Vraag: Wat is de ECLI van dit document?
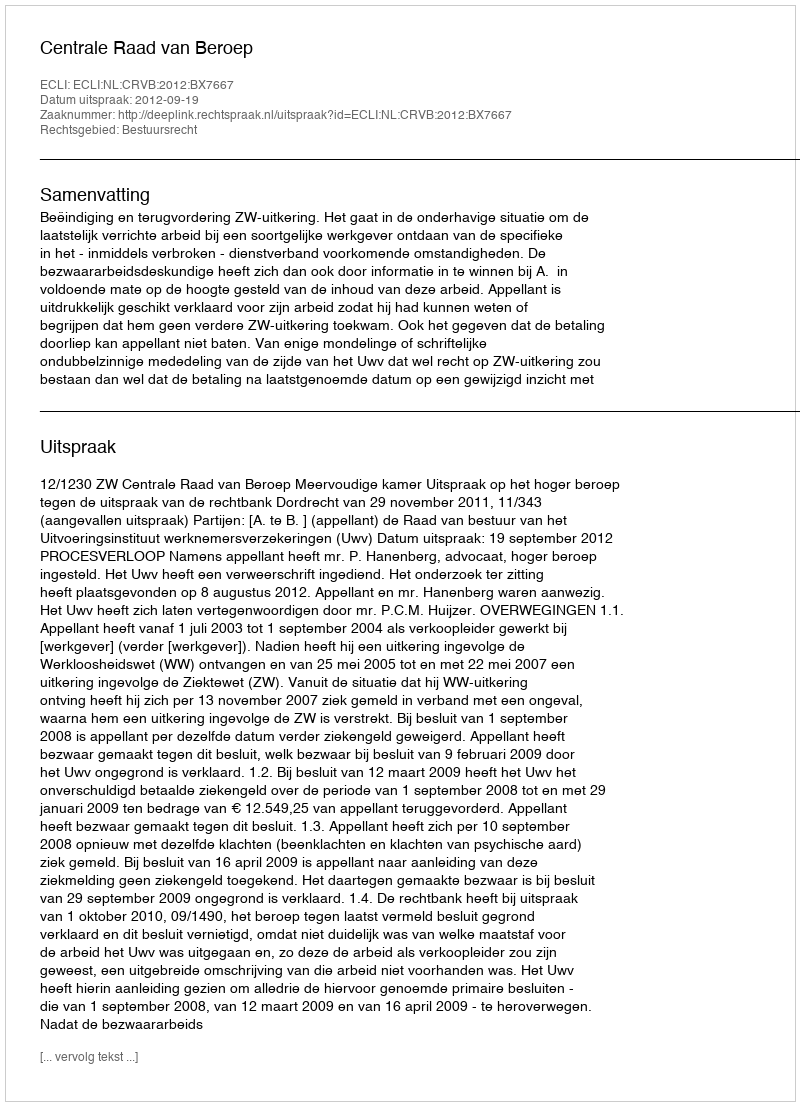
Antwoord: ECLI:NL:CRVB:2012:BX7667